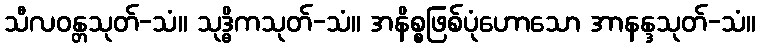
သီလဝန္တသုတ်-သံ။ သုဒ္ဓိကသုတ်-သံ။ အနိစ္စဖြစ်ပုံဟောသော အာနန္ဒသုတ်-သံ။